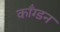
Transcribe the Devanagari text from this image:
काँग्डन